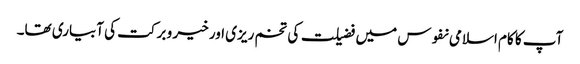
آپ کا کام اسلامی نفوس میں فضیلت کی تخم ریزی اور خیر و برکت کی آبیاری تھا۔